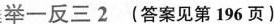
举一反三2(答案见第196页)